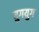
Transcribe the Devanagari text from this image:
युगयुग